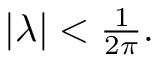
\begin{array} { r } { | \lambda | < \frac { 1 } { 2 \pi } . } \end{array}